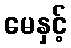
မေနှင့်